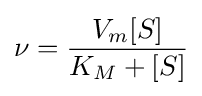
\nu ={\frac {V_{m}[S]}{K_{M}+[S]}}